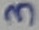
Text: 3